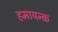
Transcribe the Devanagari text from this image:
हमायन्क